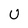
Character: U